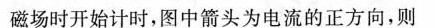
磁场时开始计时，图中箭头为电流的正方向，则